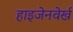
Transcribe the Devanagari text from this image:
हाइजेनवेर्ख